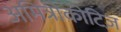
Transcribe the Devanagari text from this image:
अमित्रोकोटिज़